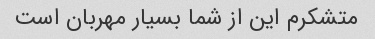
متشکرم این از شما بسیار مهربان است